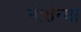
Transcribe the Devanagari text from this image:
नोरोन्या